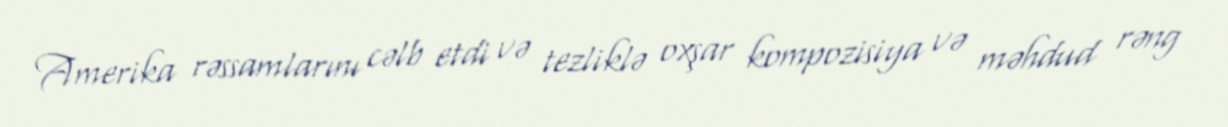
Amerika rəssamlarını cəlb etdi və tezliklə oxşar kompozisiya və məhdud rəng